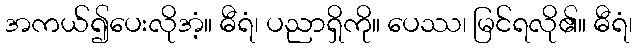
အကယ်၍ပေးလိုအံ့။ ဓီရံ၊ ပညာရှိကို။ ပေဿ၊ မြင်ရလို၏။ ဓီရံ၊